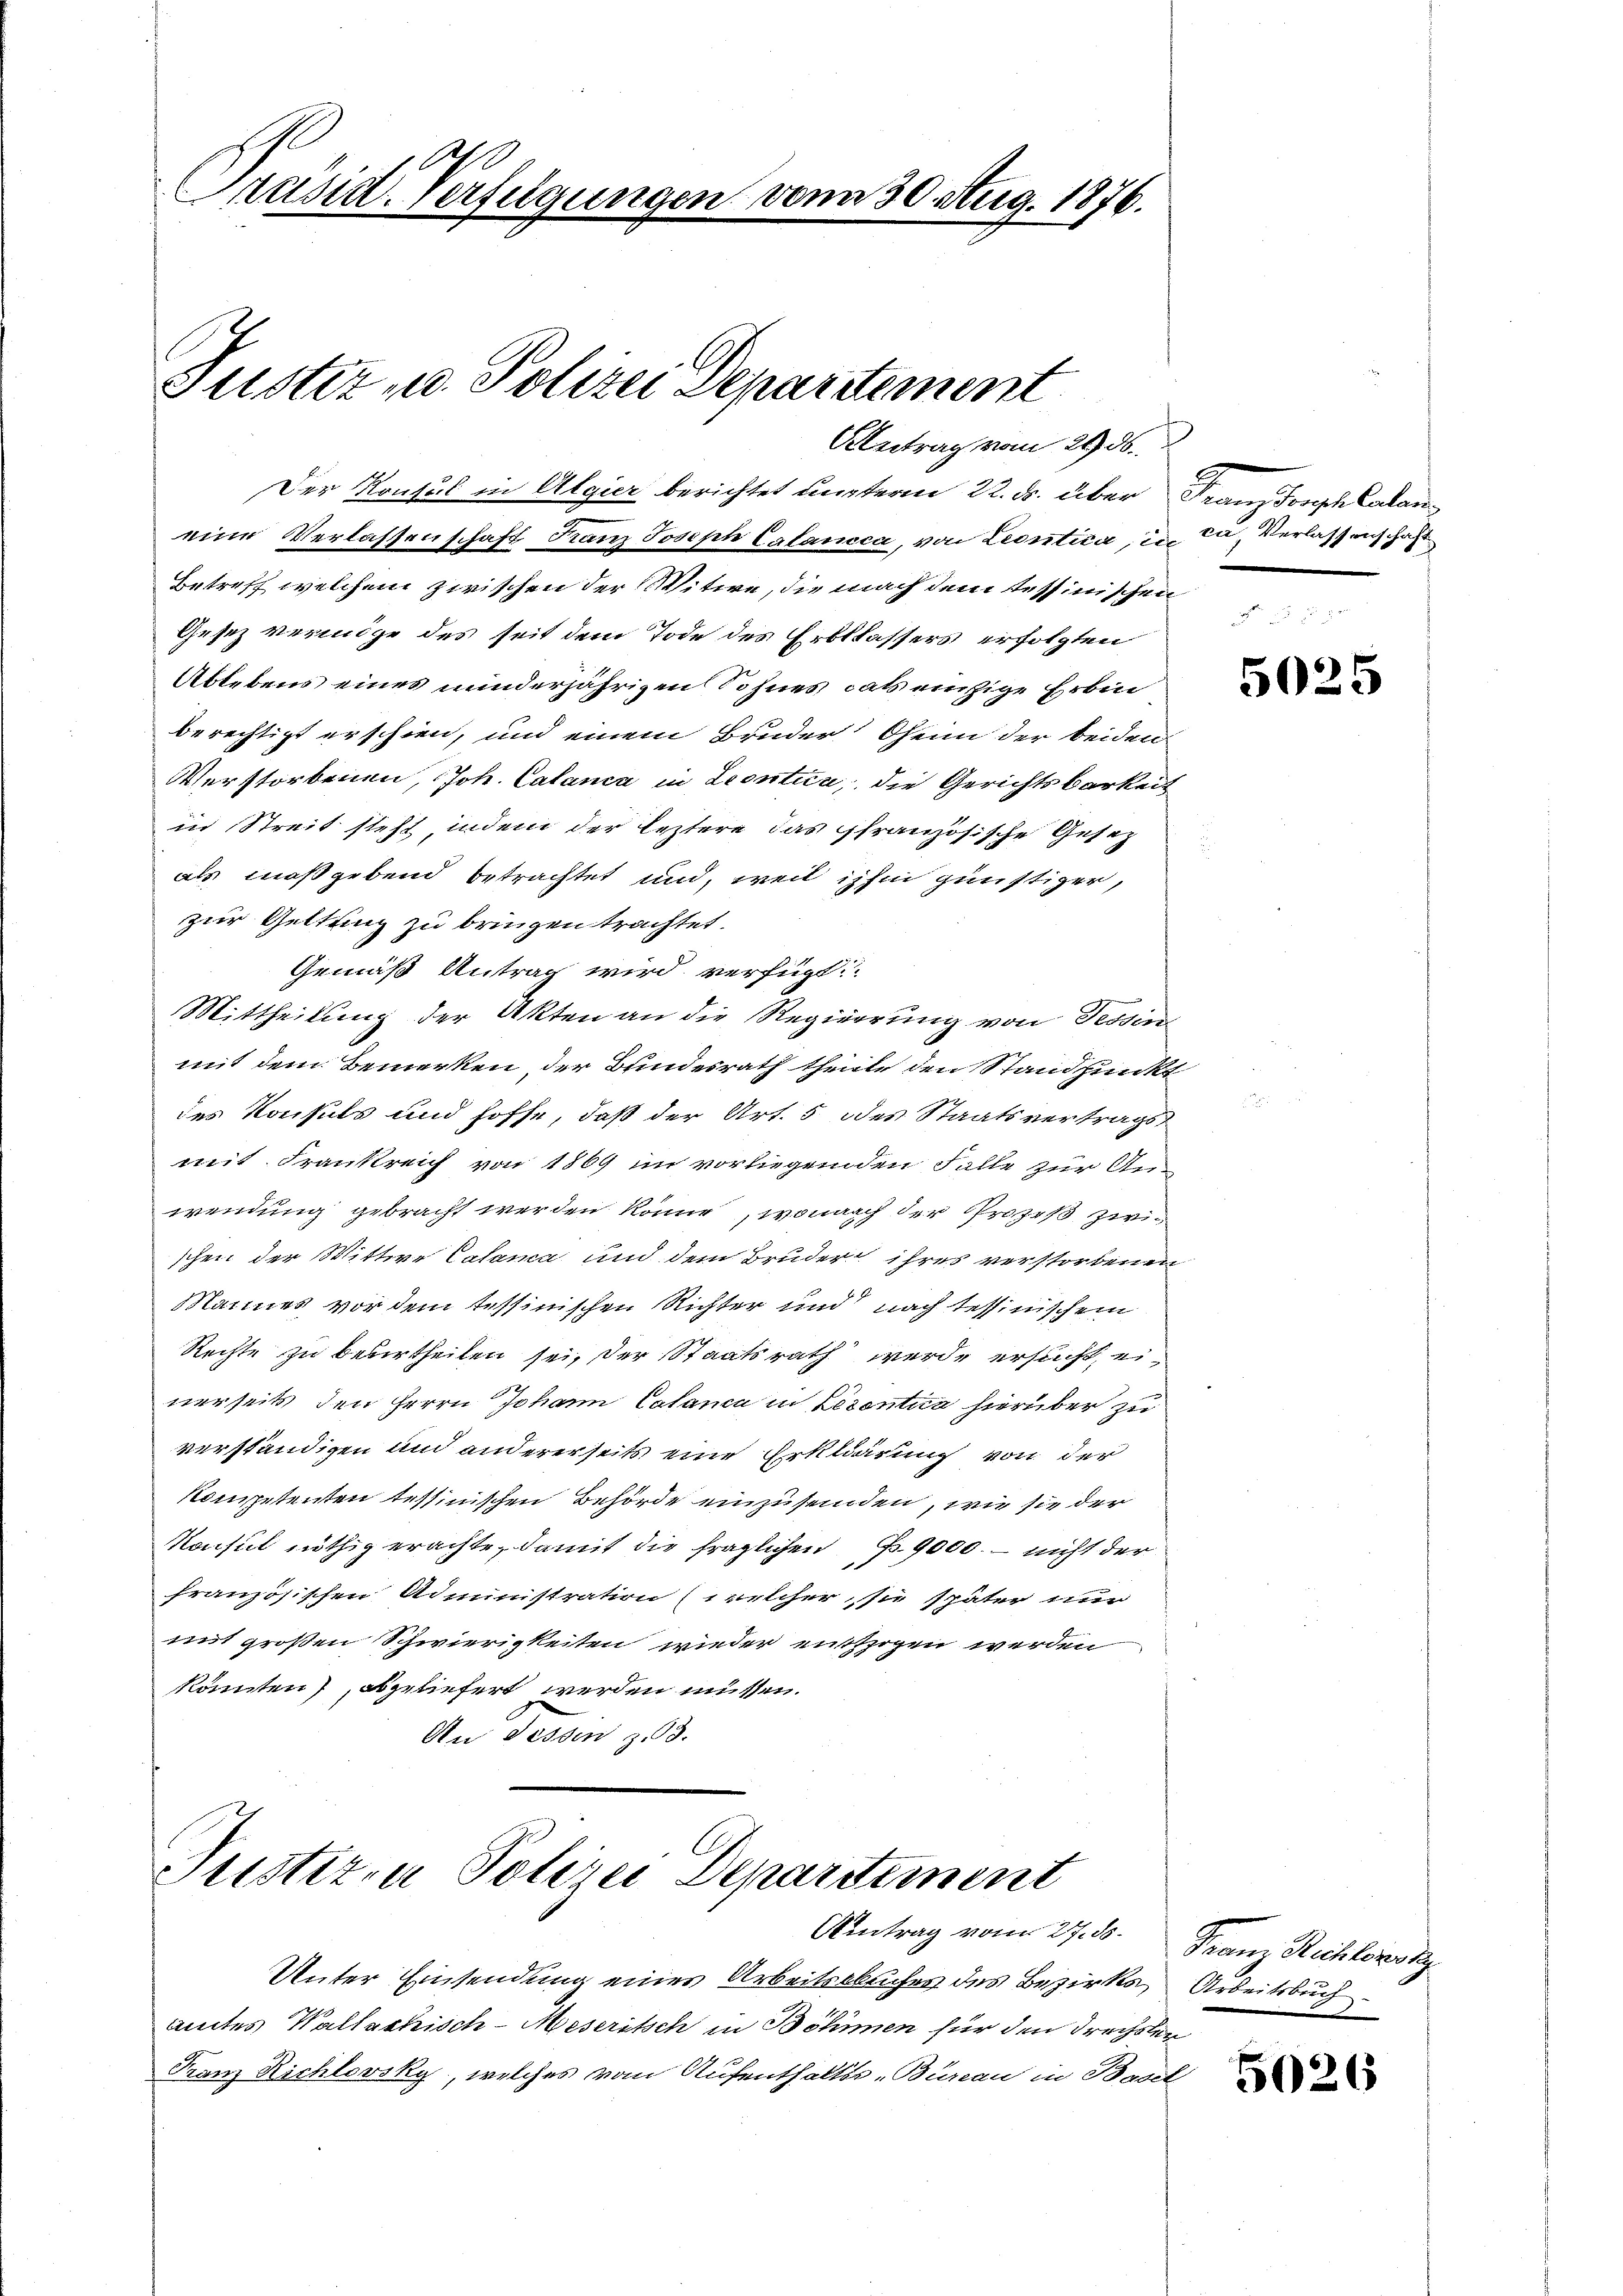
Präsid. Verfügungen vom 30. Aug. 1876.

Justiz- u. Polizei Departement
Abetrag vom 29. ds.

Der Konsul in Algier berichtet unterm 22. ds. über Franz Joseph Calaneine Verlassenschaft Franz Joseph Calancca, von Leontica in da, Verlassenschaft
Betreff welchem zwischen der Witwe, die nach dem Tessinischen
Gesetz vermöge des seit dem Tode des Erblassers erfolgten
Ablebens eines minderjährigen Sohnes, das einzige Erbin
berechtigt erschien, und einem Bruder Ohenn der beiden
Verstorbenen, Joh. Calanca in Leontica, die Gerichtsbarkeit
in Streit steht indem der leztere das französische Gesez
als maßgebend betrachtet und, weil ihm günstiger,
zur Geltung zu bringen trachtet.
Gemäß Antrag wird verfügt:
Mittheilung der Akten an die Regierung von Tessin
mit dem Bemerken, der Bundesrath theilte den Standpunkt
des Konsuls und hoffe, daß der Art. 5 des Staatsvertrags
mit Frankreich von 1869 im vorliegenden Falle zur An-
wendung gebracht werden könne, wonach der Prozeß zwischen der Wittwe Calanca und dem Bruder ihres verstorbenen
Mannes vor dem tessinischen Richter und nach tessinischem
Rechte zu bewirtheilen sei, der Staatsrath werde ersucht, einerseits den Herrn Johann Calanca in Lesentica hierüber zu
verständigen und andererseits eine Erklärung von der
kompetenten tessinischen Behörde einzusenden, wie sie der
Monsul nöthig erachte, damit die fraglichen P. 9000. – nicht der
französischen Administration (welcher, sie später nur
mit großen Schwierigkeiten wieder entzogen werden
könnten), obgeliefert werden müssen.
An dessen z.3.

Justizia Polizei Departement

Unter Einsendung eines Arbeitsbuchen des Bezirks, Arbeitsbuch.
amtes Wallastisch-Meseritsch in Böhmen für den Frechsler
Franz Richtovsky, welches vom Aufenthalts-Bureau in Basel

Antrag vom 27. ds. Franz Richtersky

5025

5026